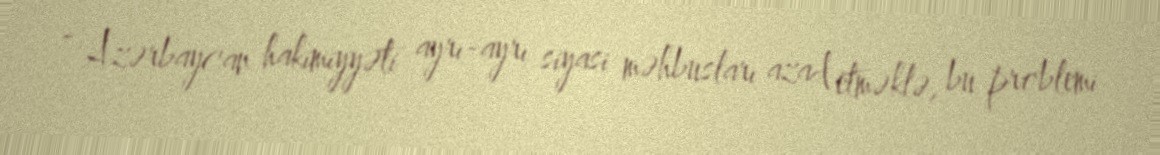
- Azərbaycan hakimiyyəti ayrı-ayrı siyasi məhbusları azad etməklə, bu problemi